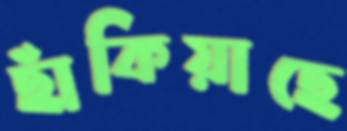
ছাঁকিয়াছে